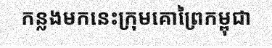
កន្លងមកនេះក្រុមគោព្រៃកម្ពុជា